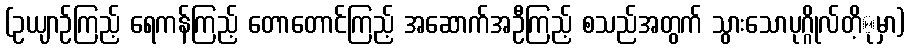
(ဥယျာဉ်ကြည့် ရေကန်ကြည့် တောတောင်ကြည့် အဆောက်အဦကြည့် စသည်အတွက် သွားသောပုဂ္ဂိုလ်တိ့ုမှာ)